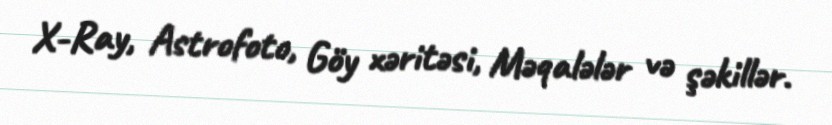
X-Ray, Astrofoto, Göy xəritəsi, Məqalələr və şəkillər.